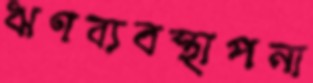
ঋণব্যবস্থাপনা